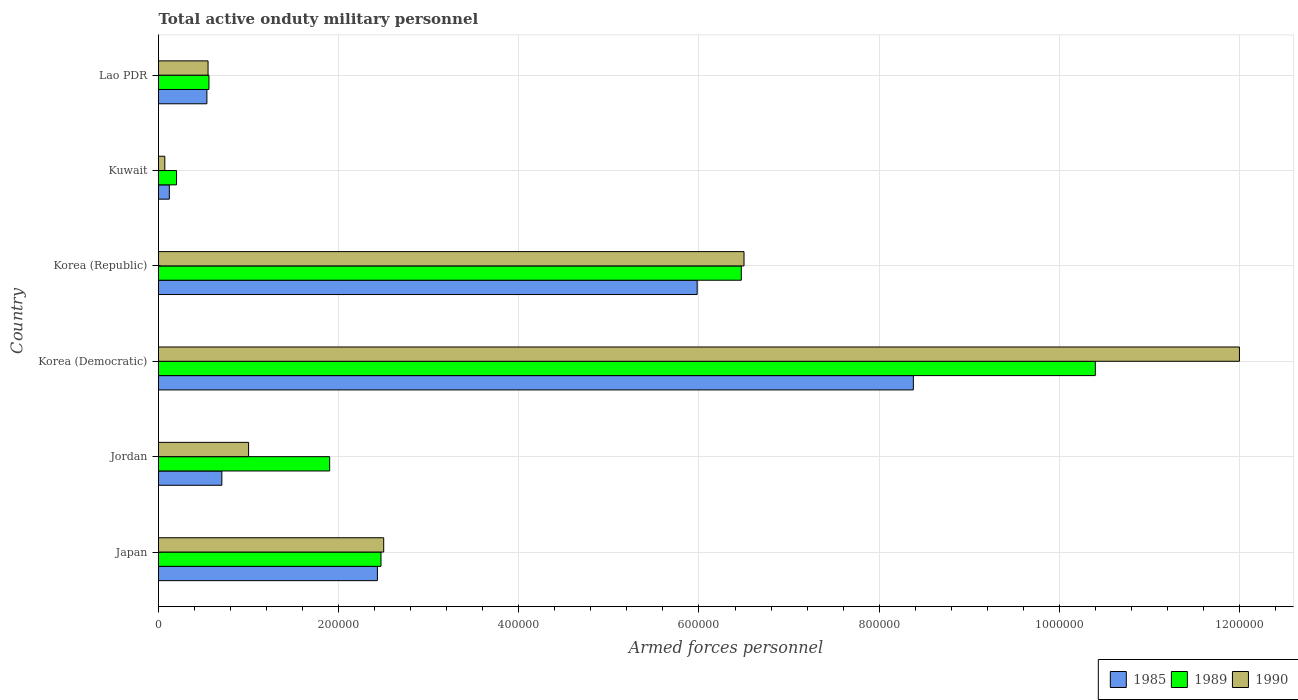
| Country | 1985 | 1989 | 1990 |
 | --- | --- | --- | --- |
 | Japan | 2.43e+05 | 2.47e+05 | 2.5e+05 |
 | Jordan | 7.03e+04 | 1.9e+05 | 1e+05 |
 | Korea (Democratic) | 8.38e+05 | 1.04e+06 | 1.2e+06 |
 | Korea (Republic) | 5.98e+05 | 6.47e+05 | 6.5e+05 |
 | Kuwait | 1.2e+04 | 2e+04 | 7e+03 |
 | Lao PDR | 5.37e+04 | 5.6e+04 | 5.5e+04 |